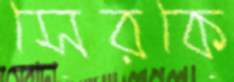
সেরকে